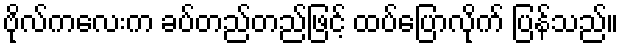
ဗိုလ်ကလေးက ခပ်တည်တည်ဖြင့် ထပ်ပြောလိုက် ပြန်သည်။